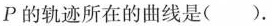
P的轨迹所在的曲线是().